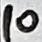
Text: 10